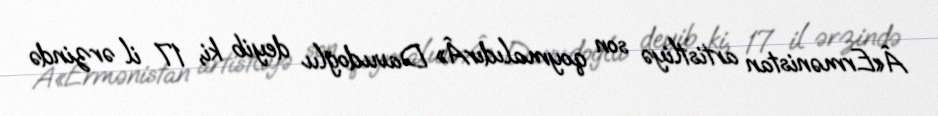
Â«Ermənistan artistliyə son qoymalıdırÂ» Davudoğlu deyib ki, 17 il ərzində